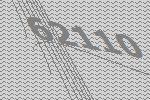
62110